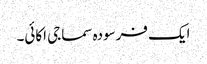
ایک فرسودہ سماجی اکائی۔